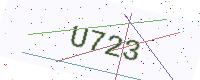
Text: U723